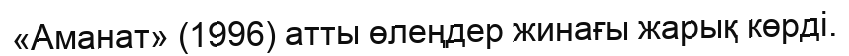
«Аманат» (1996) атты өлеңдер жинағы жарық көрді.